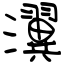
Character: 瀷